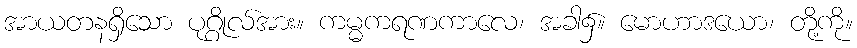
အာယတနရှိသော ပုဂ္ဂိုလ်အား။ ကမ္မကရဏကာလေ၊ အခါ၌။ မောဟာဒယော၊ တို့ကို။